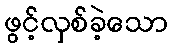
ဖွင့်လှစ်ခဲ့သော